Calcutta medical institutions reports 1871-78
Year: 1871
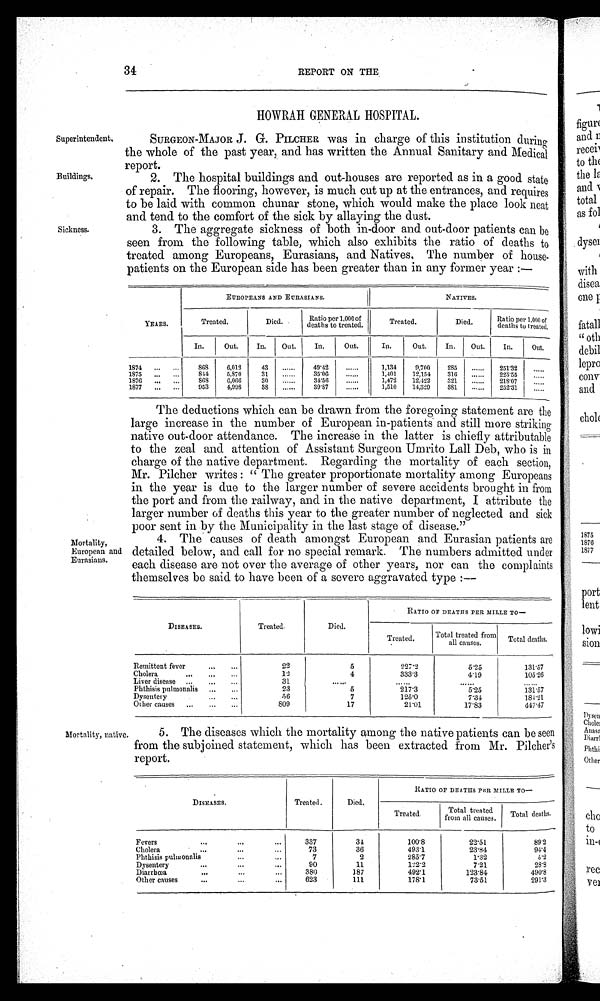
34
REPORT ON THE
Superintendent,
Buildings,
Sickness.
HOWRAH GENERAL HOSPITAL.
SURGEON-MAJOR J. G. PILCHER was in charge of this institution during
the whole of the past year, and has written the Annual Sanitary and Medical
report.
2. The hospital buildings and out-houses are reported as in a good state
of repair. The flooring, however, is much cut up at the entrances, and requires
to be laid with common chunar stone, which would make the place look neat
and tend to the comfort of the sick by allaying the dust.
3. The aggregate sickness of both in-door and out-door patients can be
seen from the following table, which also exhibits the ratio of deaths to
treated among Europeans, Eurasians, and Natives, The number of house-
patients on the European side has been greater than in any former year :—
EUROPEANS AND EURASIANS.
NATIVES.
Ratio per 1,000 of
Ratio per 1,000 of
Treated.
Died.
YEARS.
Treated.
Died.
deaths to treated.
rea
details to treated,
In.
Out.
In.
Out.
In.
Out.
In.
Out.
In.
Out.
In.
Out.
1874
...
...
868
6,012
43
49'42
1,134
9,700
285
251'39
1S75
...
...
841
5,S70
31
35'00
1,101
12,154
310
925'55
1870
...
...
808
0,066
30
34'50
1,472
12,422
321
218'07
1877
...
953
4,998
38
39'87
1,510
14,329
381
.
252'31
Mortality,
European and
Eurasians.
The deductions which can be drawn from the foregoing statement are the
large increase in the number of European in-patients and still more striking
native out-door attendance. The increase in the latter is chiefly attributable
to the zeal and attention of Assistant Surgeon Umrito Lall Deb, who is in
charge of the native department. Regarding the mortality of each section,
Mr. Pilcher writes : " The greater proportionate mortality among Europeans
in the year is due to the larger number of severe accidents brought in from
the port and from the railway, and in the native department, I attribute the
larger number of deaths this year to the greater number of neglected and sick
poor sent in by the Municipality in the last stage of disease."
4. The causes of death amongst European and Eurasian patients are
detailed below, and call for no special remark. The numbers admitted under
each disease are not over the average of other years, nor can the complaints
themselves be said to have been of a severe aggravated type
---
--
RATIO OF DEATHS PER. MILLE TO—
DISEASES.
Treated,
Died.
Total treated from
Treated.
Total deaths.
all causes.
Remittent fever
...
...
22
5
227'3
5'25
131'57
Cholera
OOP
13
4
333'3
4'19
105.26
Liver disease ...
...
...
31
..• —
••• •••
••••••
Phthisis pulmonalis
...
,..
23
5
217'3
5'25
1.31157
Dysentery
.
...
...
56
7
125'0
7'31
181.21
Other causes
...
...
...
809
17
21'01
17'83
447'47
Mortality, native,
5. The diseases which the mortality among the native patients can be seen
from the subjoined statement, which has been extracted from Mr. Pilcher's
report.
RATIO OF DEATHS PAR MILLE TO-
.
DISEASES.
Treated.
Died.
d
Total treated
Total deaths,
from all causes.
Fevers...
•••
•••
337
31
100'8
22'51
89'2
,..
Cholera
...
73
36
493.1
23'81
914
Phthisis puliconalis
...
...
7
2
285'7
1'32
..i
5 .,
Dysentery
...
...
...
90
11
122'2
7'21
28'8
Diarrhoea
...
•••
•••
380
187
492'1
123'84
490'8
Other causes
...
... I 623
111
178'1
73'51
291'3